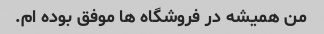
من همیشه در فروشگاه ها موفق بوده ام.